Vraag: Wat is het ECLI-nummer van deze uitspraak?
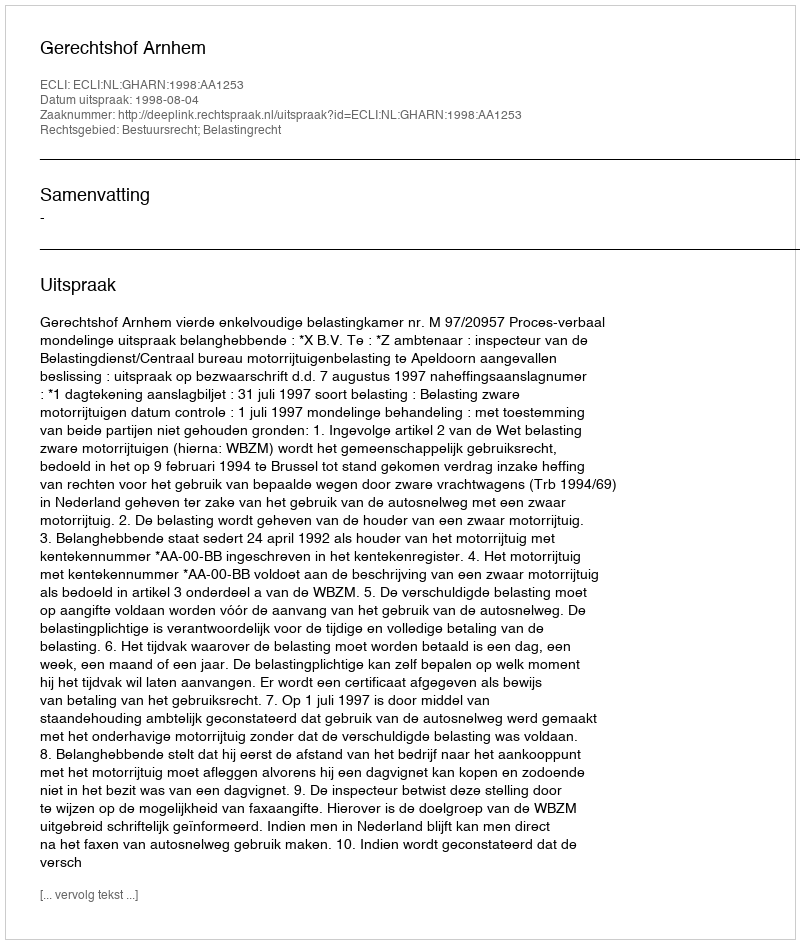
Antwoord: ECLI:NL:GHARN:1998:AA1253